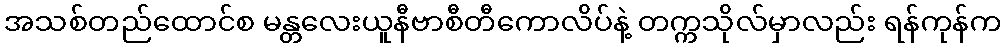
အသစ်တည်ထောင်စ မန္တလေးယူနီဗာစီတီကောလိပ်နဲ့ တက္ကသိုလ်မှာလည်း ရန်ကုန်က